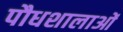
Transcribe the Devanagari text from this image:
पौधशालाओं